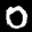
Label: 0